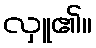
လှူ၏။